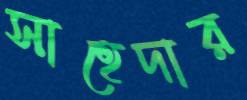
সাহেদার